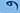
و